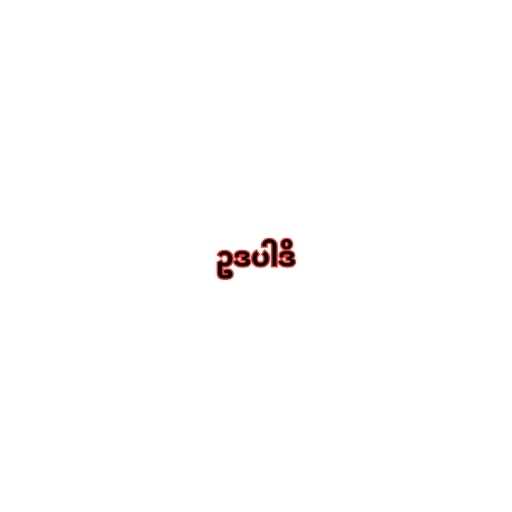
ဥဒပါဒိ